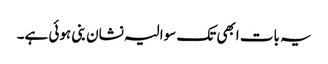
یہ بات ابھی تک سوالیہ نشان بنی ہوئی ہے۔